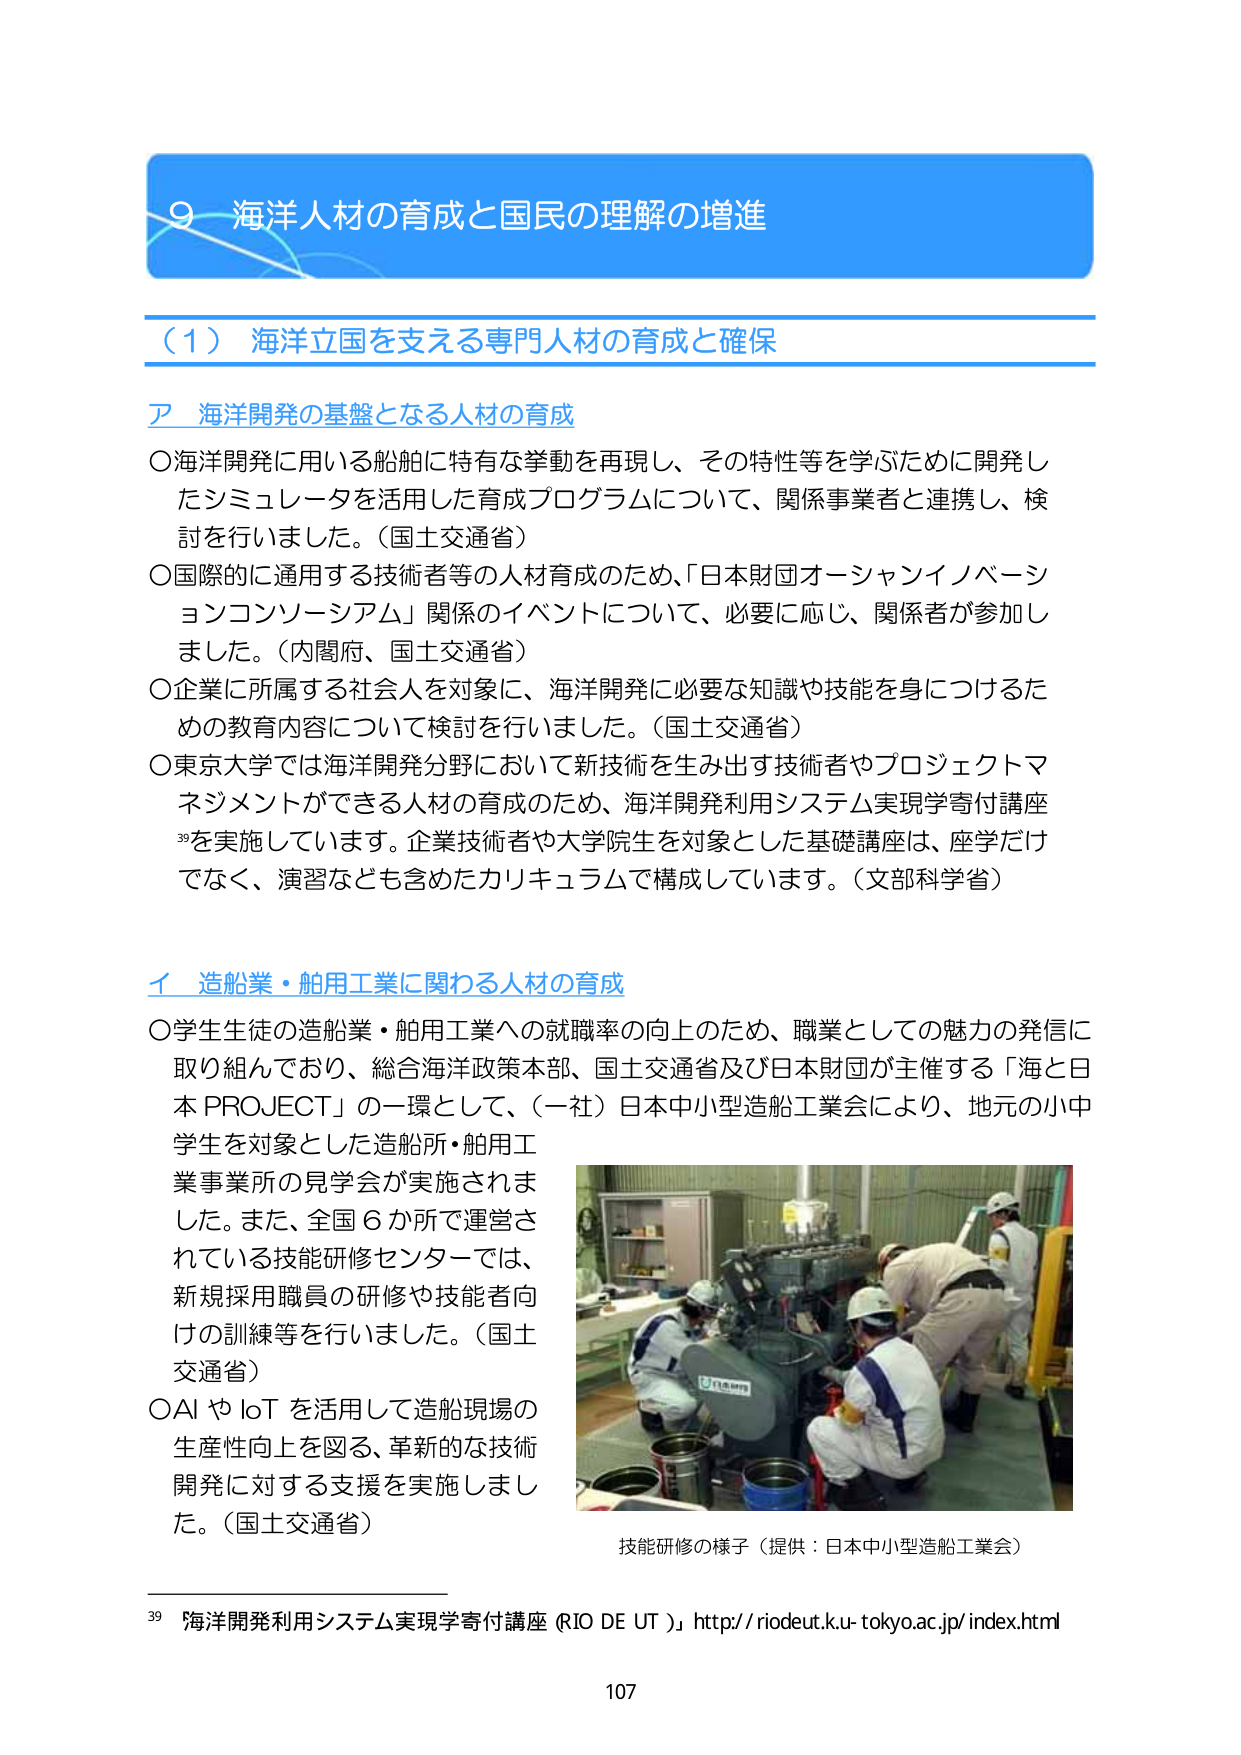
９ 海洋人材の育成と国民の理解の増進

（１） 海洋立国を支える専門人材の育成と確保

ア 海洋開発の基盤となる人材の育成

○海洋開発に用いる船舶に特有な挙動を再現し、その特性等を学ぶために開発したシミュレータを活用した育成プログラムについて、関係事業者と連携し、検討を行いました。（国土交通省）

○国際的に通用する技術者等の人材育成のため、「日本財団オーシャンイノベーションコンソーシアム」関係のイベントについて、必要に応じ、関係者が参加しました。（内閣府、国土交通省）

○企業に所属する社会人を対象に、海洋開発に必要な知識や技能を身につけるための教育内容について検討を行いました。（国土交通省）

○東京大学では海洋開発分野において新技術を生み出す技術者やプロジェクトマネジメントができる人材の育成のため、海洋開発利用システム実現学寄付講座を実施しています。企業技術者や大学院生を対象とした基礎講座は、座学だけでなく、演習なども含めたカリキュラムで構成しています。（文部科学省）

イ 造船業・舶用工業に関わる人材の育成

○学生生徒の造船業・舶用工業への就職率の向上のため、職業としての魅力の発信に取り組んでおり、総合海洋政策本部、国土交通省及び日本財団が主催する「海と日本 PROJECT」の一環として、（一社）日本中小型造船工業会により、地元の小中学生を対象とした造船所・舶用工業事業所の見学会が実施されました。また、全国６か所で運営されている技能研修センターでは、新規採用職員の研修や技能者向けの訓練等を行いました。（国土交通省）

○AI や IoT を活用して造船現場の生産性向上を図る、革新的な技術開発に対する支援を実施しました。（国土交通省）

技能研修の様子（提供：日本中小型造船工業会）

39 「海洋開発利用システム実現学寄付講座（RIO DE UT）」 http://riodeut.k.u-tokyo.ac.jp/index.html

107